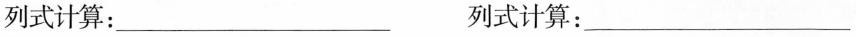
列式计算：___ 列式计算：___